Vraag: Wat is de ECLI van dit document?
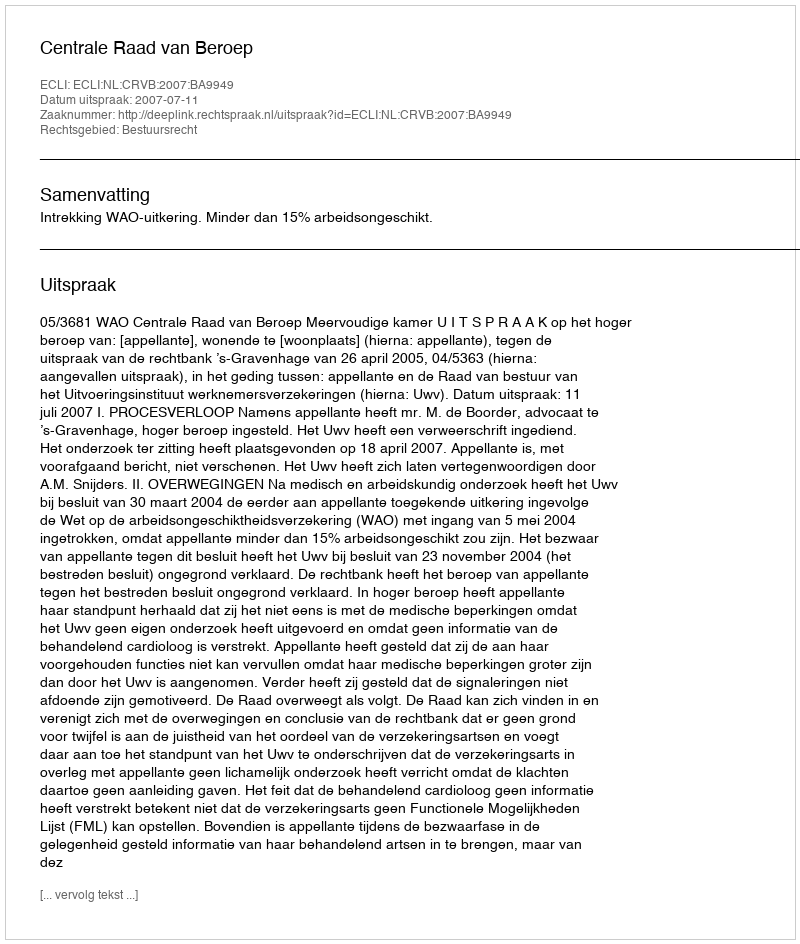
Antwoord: ECLI:NL:CRVB:2007:BA9949